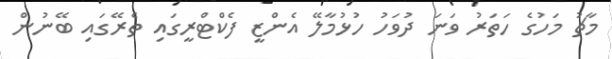
މާޗު މަހުގެ ހަތަރު ވަނަ ދުވަހު ހުޅުމާލޭ އެންޒީ ފެކްޓްރީގައި ތެރޭގައި ބޭނުން